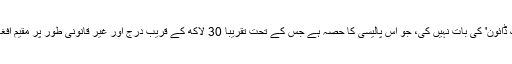
وہ اپنا نام ظاہر نہیں کرنا چاہتے، چونکہ کُھلے عام حکومت نے اِس 'کریک ڈائون' کی بات نہیں کی، جو اُس پالیسی کا حصہ ہے جِس کے تحت تقریباً 30 لاکھ کے قریب درج اور غیر قانونی طور پر مقیم افغان مہاجرین کی پاکستان سے فوری انخلا کے لیے کوشش کی جار رہی ہے۔